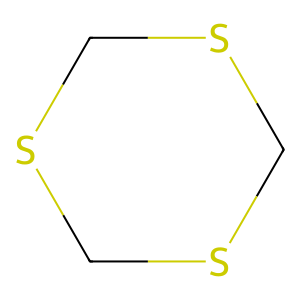
SMILES: C1SCSCS1
Inhibits HIV replication: No